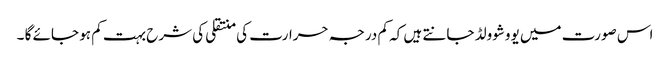
اس صورت میں یووشوولڈ جانتے ہیں کہ کم درجہ حرارت کی منتقلی کی شرح بہت کم ہو جائے گا ۔